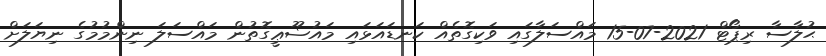
ޙުލާސާ ރިޕޯޓް 2021-07-15 މައްސަލާގައި ވަކިގޮތެއް ކަނޑައަޅައި މައުޟޫޢީގޮތުން މައްސަލަ ނިންމުމުގެ ނިޔަލަށް